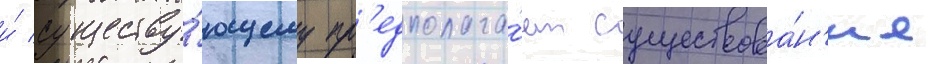
и́ существу́ющему пр'едполага́ет существова́н'ие